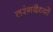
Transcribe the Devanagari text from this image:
तरंगदैध्यों